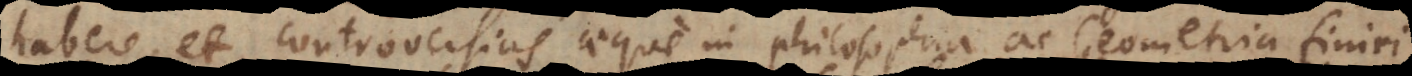
habere, et controversias aeque in philosophia ac Geometria finiri